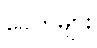
ခေတ်များ